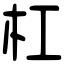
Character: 杠